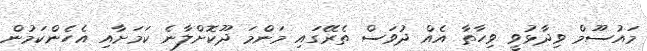
މައުސޫމް ވިދާޅުވީ ވިހާތާ އެއް ދުވަސް ތެރޭގައި މަންމަ ދޫކޮށްލާނެ ކަމަށާއި އެހެންކަމުން